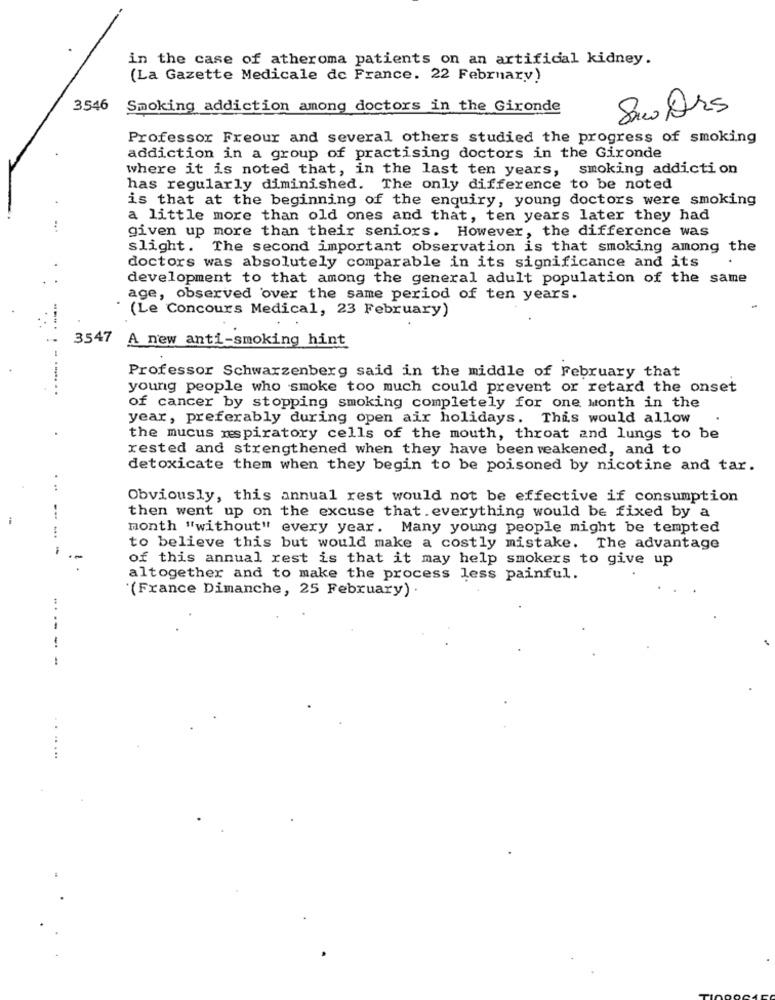
in the case of atheroma patients on an artificial kidney.
(La Gazette Medicale de France. 22 February)
3546
Smoking addiction among doctors in the Gironde
Saw Drs
Professor Freour and several others studied the progress of smoking
addiction in a group of practising doctors in the Gironde
where it is noted that, in the last ten years,
smoking addiction
has regularly diminished. The only difference to be noted
is that at the beginning of the enquiry, young doctors were smoking
a little more than old ones and that, ten years later they had
given up more than their seniors. However, the difference was
slight.
The second important observation is that smoking among the
doctors was absolutely comparable in its significance and its
development to that among the general adult population of the same
age, observed over the same period of ten years.
(Le Concours Medical, 23 February)
3547 A new anti-smoking hint
Professor Schwarzenberg said in the middle of February that
young people who smoke too much could prevent or retard the onset
of cancer by stopping smoking completely for one month in the
year, preferably during open air holidays. This would allow
the mucus respiratory cells of the mouth, throat and lungs to be
rested and strengthened when they have been weakened, and to
detoxicate them when they begin to be poisoned by nicotine and tar.
Obviously, this annual rest would not be effective if consumption
then went up on the excuse that . everything would be fixed by a
month "without" every year. Many young people might be tempted
-
to believe this but would make a costly mistake. The advantage
of this annual rest is that it may help smokers to give up
altogether and to make the process less painful.
(France Dimanche, 25 February) .
---